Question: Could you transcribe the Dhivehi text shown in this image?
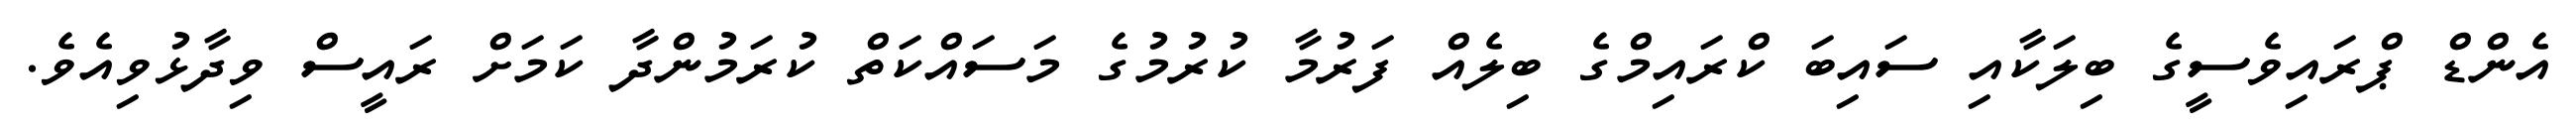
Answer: އެންޑް ޕްރައިވެސީގެ ބިލަކާއި ސައިބަ ކްރައިމްގެ ބިލެއް ފަރުމާ ކުރުމުގެ މަސައްކަތް ކުރަމުންދާ ކަމަށް ރައީސް ވިދާޅުވިއެވެ.